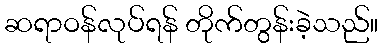
ဆရာဝန်လုပ်ရန် တိုက်တွန်းခဲ့သည်။